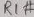
Text: RI#